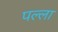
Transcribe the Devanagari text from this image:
पल्‍ला